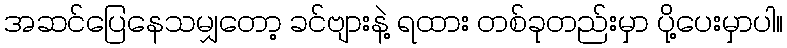
အဆင်ပြေနေသမျှတော့ ခင်ဗျားနဲ့ ရထား တစ်ခုတည်းမှာ ပို့ပေးမှာပါ။